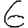
Digit: 6